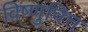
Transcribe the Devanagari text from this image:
विष्णुचित्त